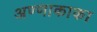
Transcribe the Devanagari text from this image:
अण्णाकाका